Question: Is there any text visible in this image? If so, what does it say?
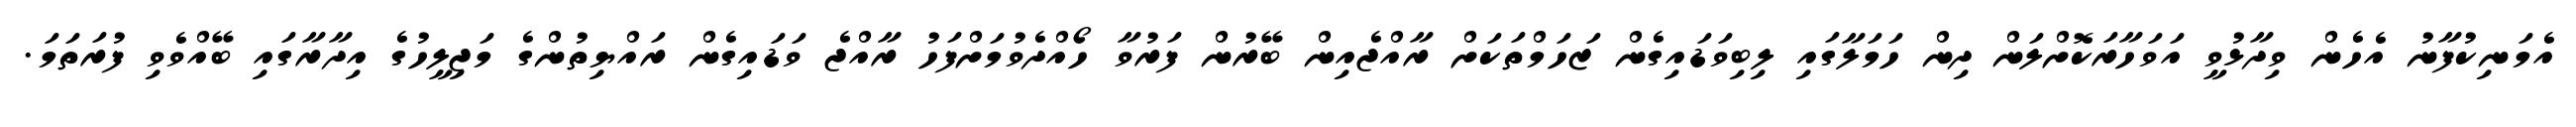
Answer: އެމަނިކުފާނު އެހެން ވިދާޅުވީ އަވަހާރަކޮށްލަން ދިން ހަމަލާގައި ލިބިވަޑައިގެން ޒަހަމްތަކަށް ރާއްޖެއިން ބޭރުން ފަރުވާ ހޯއްދެވުމަށްފަހު ރާއްޖެ ވަޑައިގެން ރައްޔިތުންގެ މަޖިލީހުގެ އިދާރާގައި ބޭއްވެވި ފުރަތަމަ.